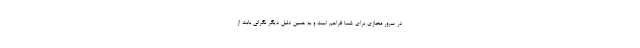
در سرور مجازی برای شما فراهم است و به همین دلیل دیگر نگرانی بابت از